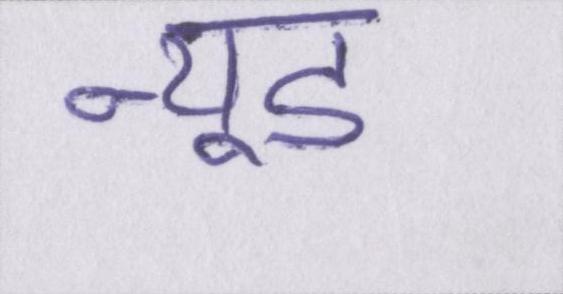
न्यूड